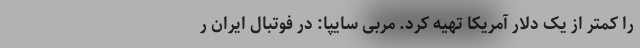
را کمتر از یک دلار آمریکا تهیه کرد. مربی سایپا: در فوتبال ایران ر